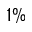
1 \%